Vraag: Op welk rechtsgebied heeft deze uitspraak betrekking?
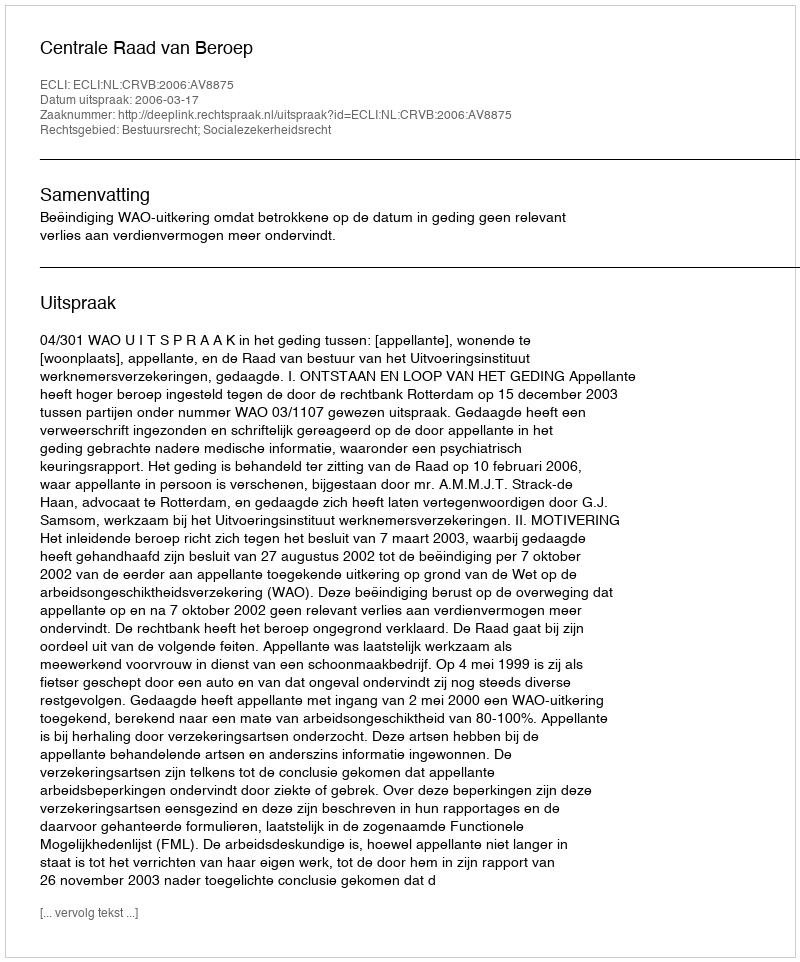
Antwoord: Bestuursrecht; Socialezekerheidsrecht